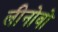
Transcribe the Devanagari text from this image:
लीनोवो